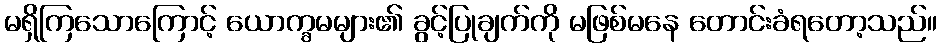
မရှိကြသောကြောင့် ယောက္ခမများ၏ ခွင့်ပြုချက်ကို မဖြစ်မနေ တောင်းခံရတော့သည်။